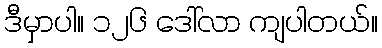
ဒီမှာပါ။ ၁၂၆ ဒေါ်လာ ကျပါတယ်။